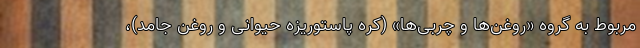
مربوط به گروه «روغن‌ها و چربی‌ها» (کره پاستوریزه حیوانی و روغن جامد)،